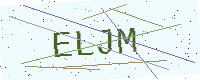
Text: ELJM